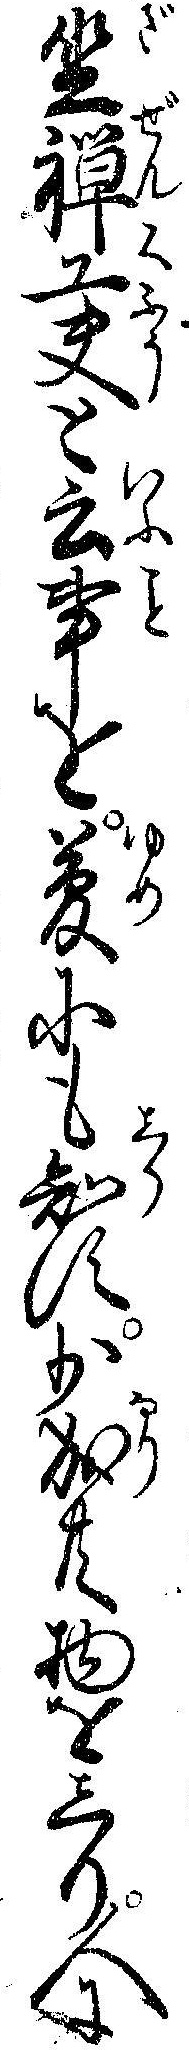
坐禅工夫と云事を夢にも知す少成共物をしり人に